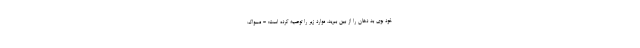
خود بوی بد دهان را از بین ببرید. موارد زیر را توصیه کرده است: - مسواک